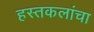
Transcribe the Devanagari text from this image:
हस्तकलांचा